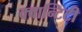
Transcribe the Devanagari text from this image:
क्वान्टिटी